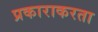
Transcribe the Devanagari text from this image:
प्रकाराकरता